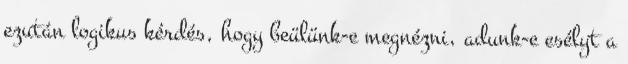
ezután logikus kérdés, hogy beülünk-e megnézni, adunk-e esélyt a